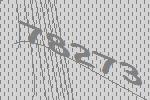
78273